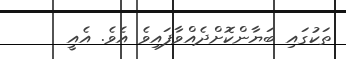
ތަކުގައި ބަޔާންކޮށްދެއްވާފައިވެ އެވެ. އެއީ